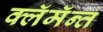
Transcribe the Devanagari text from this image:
क्लॅमॅन्त